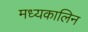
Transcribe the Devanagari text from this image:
मध्यकालिन